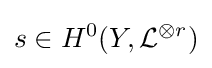
s\in H^{0}(Y,{\mathcal {L}}^{\otimes r})